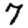
Digit: 7